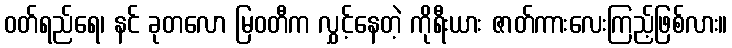
ဝတ်ရည်ရေ၊ နင် ခုတလော မြဝတီက လွှင့်နေတဲ့ ကိုရီးယား ဇာတ်ကားလေးကြည့်ဖြစ်လား။